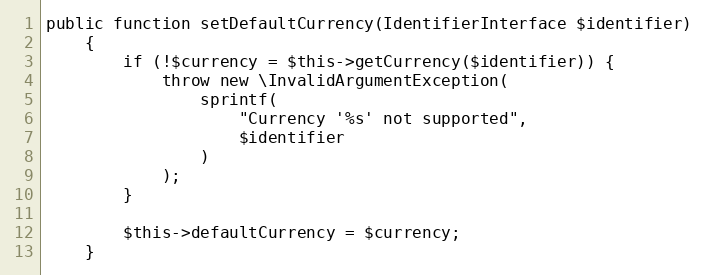
Language: PHP
public function setDefaultCurrency(IdentifierInterface $identifier)
    {
        if (!$currency = $this->getCurrency($identifier)) {
            throw new \InvalidArgumentException(
                sprintf(
                    "Currency '%s' not supported",
                    $identifier
                )
            );
        }

        $this->defaultCurrency = $currency;
    }